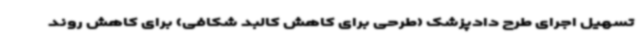
تسهیل اجرای طرح دادپزشک (طرحی برای کاهش کالبد شکافی) برای کاهش روند